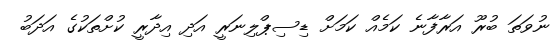
ނުވަތަ ބުރޫ އަރާފާނެ ކަމެއް ކަމަށް ޑިސިޕްލިނަރީ އަދި އިދާރީ ކުށްތަކުގެ އަދަބު